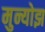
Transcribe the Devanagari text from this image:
मुन्योझ